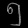
Digit: ၅